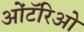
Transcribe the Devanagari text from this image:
ओंटॅरिओ